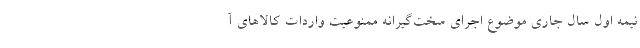
نیمه اول سال جاری موضوع اجرای سخت‌گیرانه ممنوعیت واردات کالاهای آ